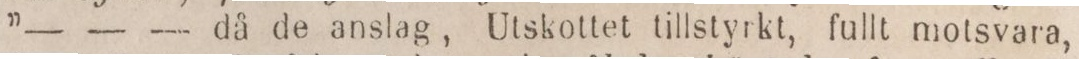
”— — — då de anslag, Utskottet tillstyrkt, fullt motsvara,